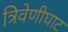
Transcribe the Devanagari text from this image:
त्रिवेणीघाट